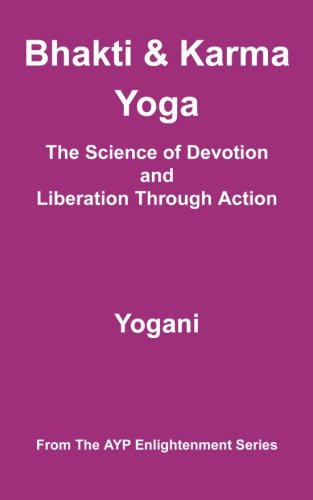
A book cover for Bhakti & Karma Yoga - The Science of Devotion and Liberation Through Action: (AYP Enlightenment Series); Yogani; Religion & Spirituality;